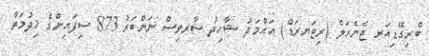
ބްރިގޭޑިއަރ ޖެނެރަލް (ރިޓަޔރަޑް) އަޙްމަދު ޝާހިދު ސާރވިސް ނަންބަރު 873 ސިފައިންގެ ޚިދުމަތާ